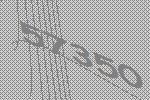
57350